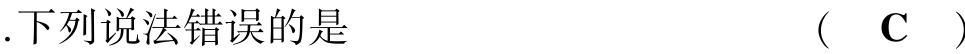
.下列说法错误的是  (  C  )